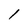
Character: 1